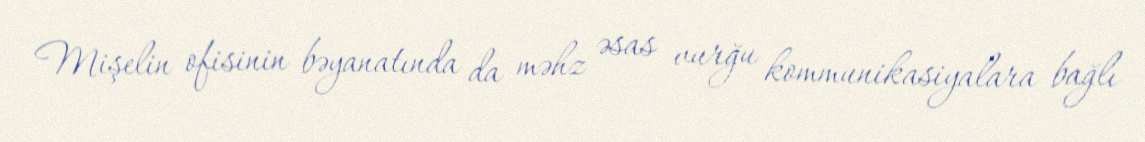
Mişelin ofisinin bəyanatında da məhz əsas vurğu kommunikasiyalara bağlı